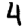
Digit: 4